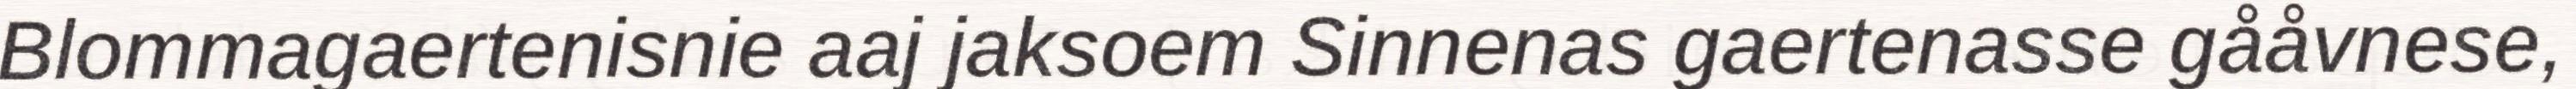
Blommagaertenisnie aaj jaksoem Sinnenas gaertenasse gååvnese,